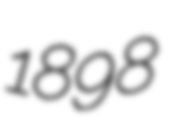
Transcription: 1898